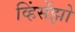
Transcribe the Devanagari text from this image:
व्हिंसेंझो